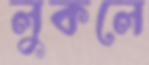
লুকলে